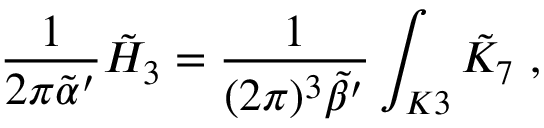
\frac { 1 } { 2 \pi { \tilde { \alpha } } ^ { \prime } } { \tilde { H } } _ { 3 } = \frac { 1 } { ( 2 \pi ) ^ { 3 } { \tilde { \beta } } ^ { \prime } } \int _ { K 3 } { \tilde { K } } _ { 7 } \ ,